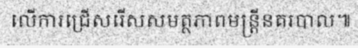
លើការជ្រើសរើសសមត្ថភាពមន្ត្រីនគរបាល៕